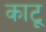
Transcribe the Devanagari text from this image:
काटू